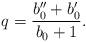
LaTeX: \begin{align*}q=\frac{b_{0}^{\prime\prime}+b_{0}^{\prime}}{b_{0}+1}. \end{align*}